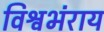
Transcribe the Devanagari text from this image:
विश्वभंराय